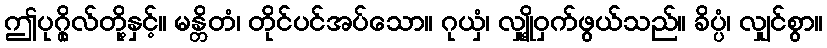
ဤပုဂ္ဂိုလ်တို့နှင့်။ မန္တိတံ၊ တိုင်ပင်အပ်သော။ ဂုယှံ၊ လျှို့ဝှက်ဖွယ်သည်။ ခိပ္ပံ၊ လျှင်စွာ။